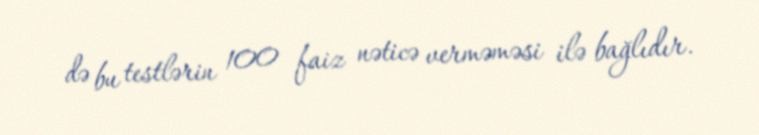
də bu testlərin 100 faiz nəticə verməməsi ilə bağlıdır.